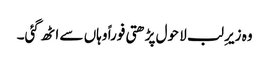
وہ زیرِ لب لا حول پڑھتی فوراً وہاں سے اٹھ گئی۔